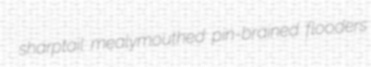
sharptail mealymouthed pin-brained flooders